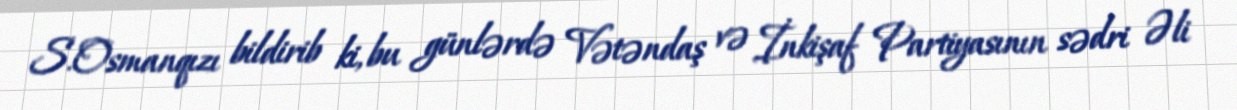
S.Osmanqızı bildirib ki, bu günlərdə Vətəndaş və İnkişaf Partiyasının sədri Əli